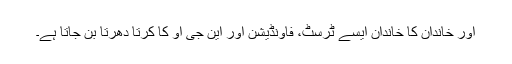
اور خاندان کا خاندان ایسے ٹرسٹ، فاؤنڈیشن اور این جی او کا کرتا دھرتا بن جاتا ہے۔